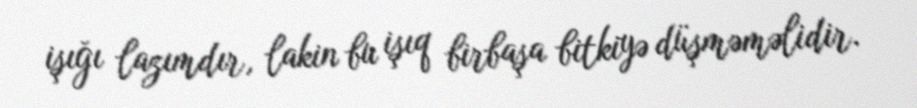
işığı lazımdır, lakin bu işıq birbaşa bitkiyə düşməməlidir.